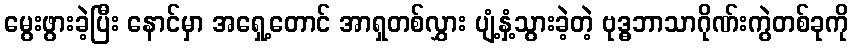
မွေးဖွားခဲ့ပြီး နောင်မှာ အရှေ့တောင် အာရှတစ်လွှား ပျံ့နှံ့သွားခဲ့တဲ့ ဗုဒ္ဓဘာသာဂိုဏ်းကွဲတစ်ခုကို